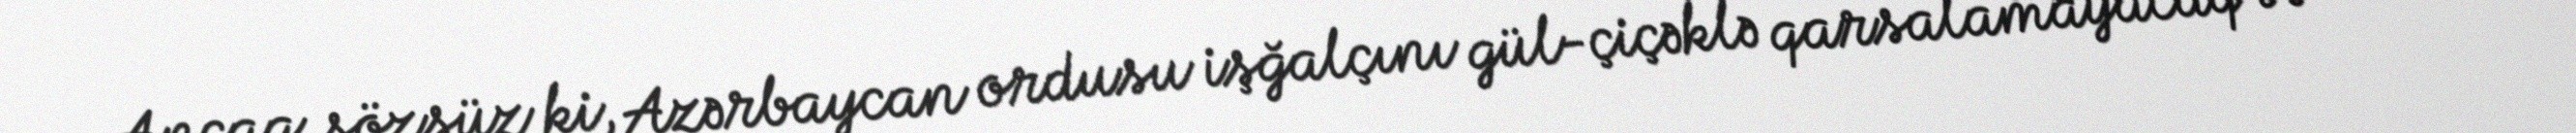
Ancaq sözsüz ki, Azərbaycan ordusu işğalçını gül-çiçəklə qarsalamayacaq və onun